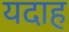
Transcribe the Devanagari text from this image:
यदाह